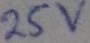
Text: 25V